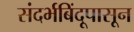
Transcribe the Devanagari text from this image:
संदर्भबिंदूपासून